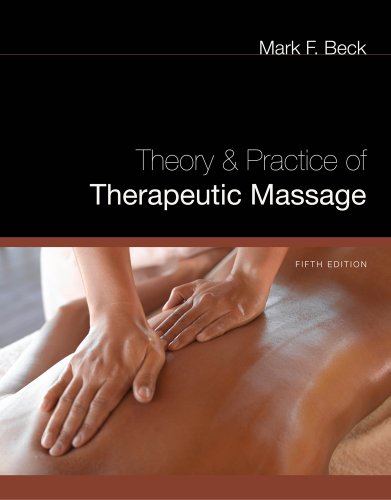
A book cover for Theory and Practice of Therapeutic Massage; Mark F. Beck; Medical Books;